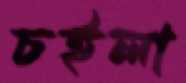
চইলা